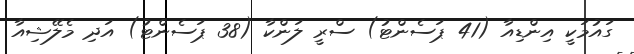
ގައުމަކީ އިންޑިއާ (41 ޕަސެންޓު) ސްރީ ލަންކާ (38 ޕަސެންޓު) އަދި މެލޭޝިއާ